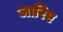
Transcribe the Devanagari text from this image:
जारिए